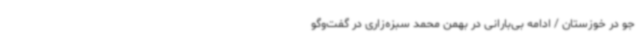
جو در خوزستان / ادامه بی‌بارانی در بهمن محمد سبزه‌زاری در گفت‌وگو